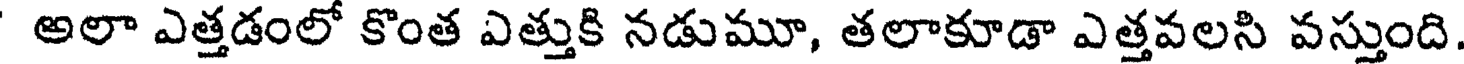
అలా ఎత్తడంలో కొంత ఎత్తుకి నడుమూ, తలాకూడా ఎత్తవలసి వస్తుంది